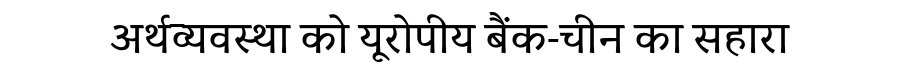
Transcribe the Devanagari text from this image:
अर्थव्यवस्था को यूरोपीय बैंक-चीन का सहारा